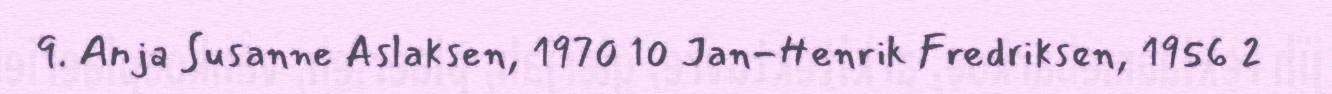
9. Anja Susanne Aslaksen, 1970 10 Jan-Henrik Fredriksen, 1956 2